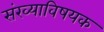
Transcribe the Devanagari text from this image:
संख्याविषयक